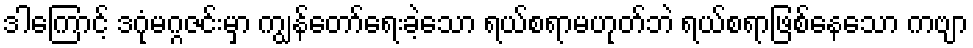
ဒါကြောင့် ဒဂုံမဂ္ဂဇင်းမှာ ကျွန်တော်ရေးခဲ့သော ရယ်စရာမဟုတ်ဘဲ ရယ်စရာဖြစ်နေသော ကဗျာ